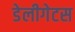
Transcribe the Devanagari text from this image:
डेलीगेटस